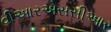
વીઆરએસસીઆર